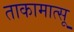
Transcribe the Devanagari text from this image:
ताकामात्सू